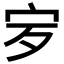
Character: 𡧒